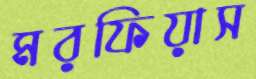
মরফিয়াস